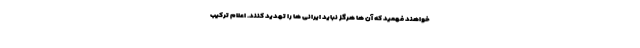
خواهند فهمید که آن ها هرگز نباید ایرانی ها را تهدید کنند. اعلام ترکیب